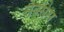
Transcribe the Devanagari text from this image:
सेक्सेस